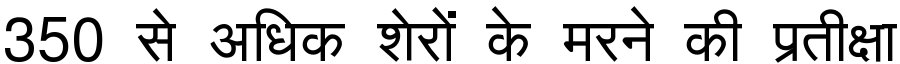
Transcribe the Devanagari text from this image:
350 से अधिक शेरों के मरने की प्रतीक्षा